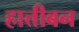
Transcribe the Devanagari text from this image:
हात्तीबन